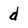
Character: d